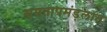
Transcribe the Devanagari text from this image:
समतापमंडलात